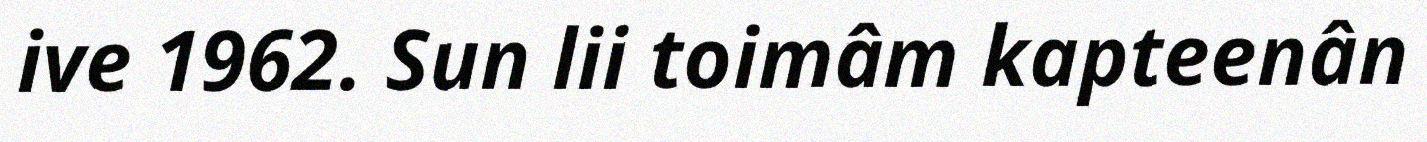
ive 1962. Sun lii toimâm kapteenân